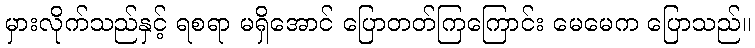
မှားလိုက်သည်နှင့် ရစရာ မရှိအောင် ပြောတတ်ကြကြောင်း မေမေက ပြောသည်။